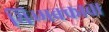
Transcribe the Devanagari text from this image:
थिम्मक्काचा